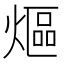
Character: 熰